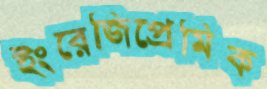
ইংরেজিপ্রেমিক